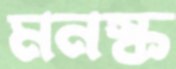
মনস্ক